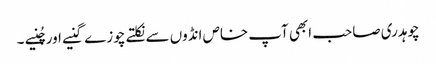
چوہدری صاحب ابھی آپ خاص انڈوں سے نکلتے چوزے گنیے اور چُنیے ۔